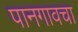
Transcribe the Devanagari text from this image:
पानगावचा